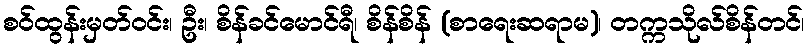
စဝ်ထွန်းမှတ်ဝင်း၊ ဦး၊ စိန်ခင်မောင်ရီ၊ စိန်စိန် (စာရေးဆရာမ)၊ တက္ကသိုလ်စိန်တင်၊